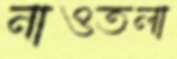
নাওতলা